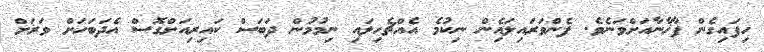
ހިފައިގެން ފާޚާނާއަށްވަނެވެ. ފެންވަރައިލައިެން ނިކުމެ އެއްޗެހިލައި ނިމުމުން ދަބަސް ކައިރިއަށްގޮސް އެދަބަހަށް ވަރަށް